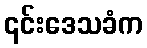
၎င်းဒေသခံက